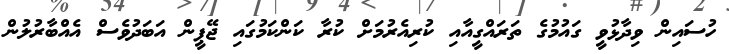
ހުސައިން ވިދާޅުވީ ގައުމުގެ ތަރައްގީއާއި ކުރިއެރުމަށް ކުރާ ކަންކަމުގައި ޖޭޕީން އަބަދުވެސް އެއްބާރުލުން